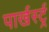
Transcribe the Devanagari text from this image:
पार्खर्स्ट्र